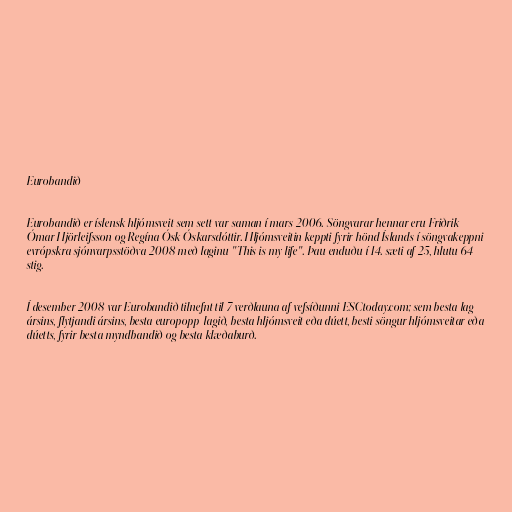
Eurobandið

Eurobandið er íslensk hljómsveit sem sett var saman í mars 2006. Söngvarar hennar eru Friðrik
Ómar Hjörleifsson og Regína Ósk Óskarsdóttir. Hljómsveitin keppti fyrir hönd Íslands í söngvakeppni
evrópskra sjónvarpsstöðva 2008 með laginu "This is my life". Þau enduðu í 14. sæti af 25, hlutu 64
stig.

Í desember 2008 var Eurobandið tilnefnt til 7 verðlauna af vefsíðunni ESCtoday.com; sem besta lag
ársins, flytjandi ársins, besta europopp-lagið, besta hljómsveit eða dúett, besti söngur hljómsveitar eða
dúetts, fyrir besta myndbandið og besta klæðaburð.